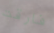
فارقت